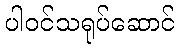
ပါဝင်သရုပ်ဆောင်